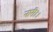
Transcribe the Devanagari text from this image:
नारी।।